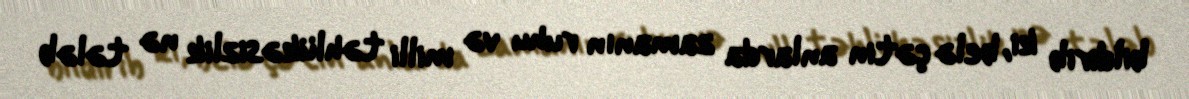
bildirib ki, belə çətin anlarda zamanın ruhu və milli təhlükəsizlik nə tələb